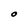
Character: O